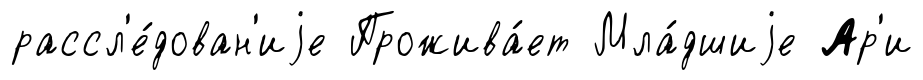
рассл'е́дован'иjе Прожива́ет Мла́дшиjе Ар'и